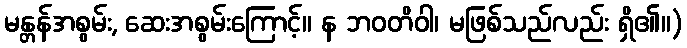
မန္တန်အစွမ်း, ဆေးအစွမ်းကြောင့်။ န ဘဝတိဝါ၊ မဖြစ်သည်လည်း ရှိ၏။)